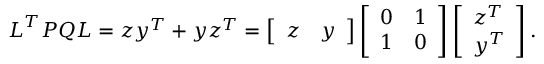
\boldsymbol { L } ^ { T } \boldsymbol { P } \boldsymbol { Q } \boldsymbol { L } = \boldsymbol { z } \boldsymbol { y } ^ { T } + \boldsymbol { y } \boldsymbol { z } ^ { T } = \left[ \begin{array} { l l } { \boldsymbol { z } } & { \boldsymbol { y } } \end{array} \right] \left[ \begin{array} { l l } { 0 } & { 1 } \\ { 1 } & { 0 } \end{array} \right] \left[ \begin{array} { l } { \boldsymbol { z } ^ { T } } \\ { \boldsymbol { y } ^ { T } } \end{array} \right] .